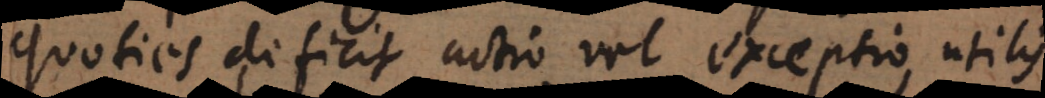
quoties deficit actio vel exceptio, utilis